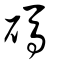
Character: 碼